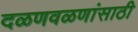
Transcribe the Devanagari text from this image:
दळणवळणांसाठी